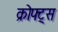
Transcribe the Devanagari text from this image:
क्रोफ्ट्स